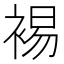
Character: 裼